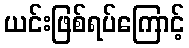
ယင်းဖြစ်ရပ်ကြောင့်